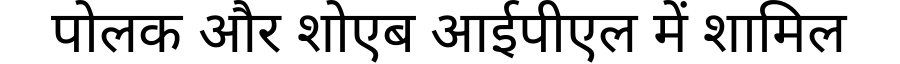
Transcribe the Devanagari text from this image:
पोलक और शोएब आईपीएल में शामिल